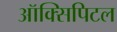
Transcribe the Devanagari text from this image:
ऑक्सिपिटल